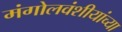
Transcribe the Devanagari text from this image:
मंगोलवंशीयांच्या